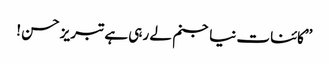
’’کائنات نیا جنم لے رہی ہے تبریز حسن !